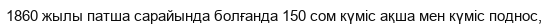
1860 жылы патша сарайында болғанда 150 сом күміс ақша мен күміс поднос,